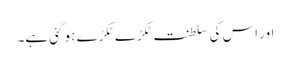
اور اس کی سلطنت ٹکڑے ٹکڑے ہو گئی ہے۔